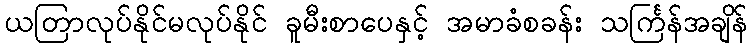
ယတြာလုပ်နိုင်မလုပ်နိုင် ခူမီးစာပေနှင့် အမာခံစခန်း သင်္ကြန်အချိန်